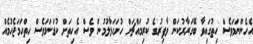
އެހެންނަމަވެސް ހިތުގައިވާ ބޭގަރާރުކަން ވާފިރުގެ ކުރިމައްޗަށް ހުށަހަޅާލުމުން ވެސް އެހިތަށް ކުޑަނަމަވެސް ހިތްހަމަޖެހުމެއް